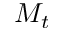
M _ { t }